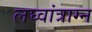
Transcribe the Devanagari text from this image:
लघ्वांत्राग्न